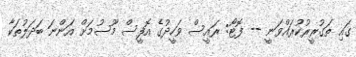
ގައި ތަގުރީރުކުރައްވަނީ -- ފޮޓޯ: ރައީސް ވަހީދުގެ އޮފީސް މޫސުމަށް އަންނަ ބަދަލުތަކާ